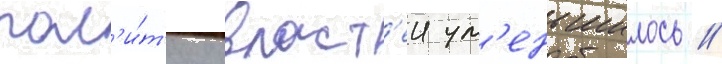
пол'и́т'ику власт'еи ум'еньшилось //